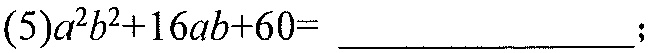
(5)$a^{2}b^{2}+16ab + 60=$ \_\_\_\_\_\_\_\_\_\_\_\_\_\_ ;